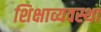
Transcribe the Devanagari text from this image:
शिक्षाव्यवस्था